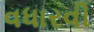
વધારવી